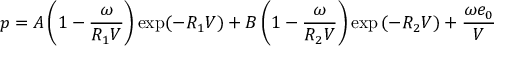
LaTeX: p = A \left( 1 - { \frac { \omega } { R _ { 1 } V } } \right) \exp ( - R _ { 1 } V ) + B \left( 1 - { \frac { \omega } { R _ { 2 } V } } \right) \exp \left( - R _ { 2 } V \right) + { \frac { \omega e _ { 0 } } { V } }